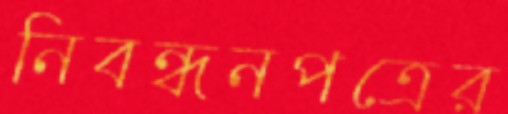
নিবন্ধনপত্রের